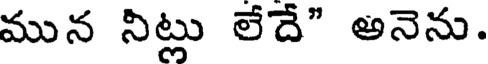
మున నిట్లు లేదే" అనెను.